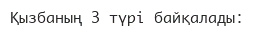
Қызбаның 3 түрі байқалады: